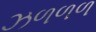
ઝળળળ